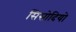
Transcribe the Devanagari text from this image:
सिसोदियो